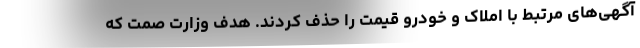
آگهی‌های مرتبط با املاک و خودرو قیمت را حذف کردند. هدف وزارت صمت که